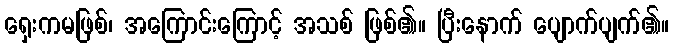
ရှေးကမဖြစ်၊ အကြောင်းကြောင့် အသစ် ဖြစ်၏။ ပြီးနောက် ပျောက်ပျက်၏။